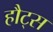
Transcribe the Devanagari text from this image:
हौट्स